Scientific memoirs by medical officers of the Army of India - Part XI,
Year: 1898
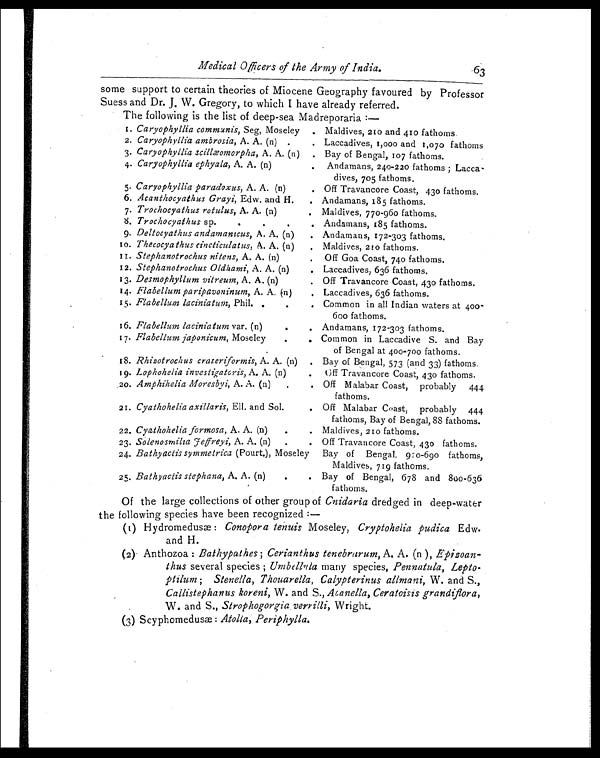
Medical Officers of the Army of India. 63
some support to certain theories of Miocene Geography favoured by Professor
Suess and Dr. J. W. Gregory, to which I have already referred.
The following is the list of deep-sea Madreporaria:—
1. Caryophyllia communis, Seg, Moseley
. Maldives, 210 and 410 fathoms.
2. Caryophyllia ambrosia, A. A. (n) .
. Laccadives, 1,000 and 1,070 fathoms
3. Caryophyllia scillævomorpha, A. A. (n) . Bay of Bengal, 107 fathoms.
4. Caryophyllia ephyala, A. A. (n)
.
Andamans, 240-220 fathoms; Lacca-
dives, 705 fathoms.
5. Caryophyllia paradoxus, A. A. (n)
. Off Travancore Coast, 430 fathoms.
6. Acanthocyathus Grayi, Edw. and H.
. Andamans, 185 fathoms.
7. Trochocyathus rotulus, A. A. (n)
. Maldives, 770-960 fathoms.
8. Trochocyathus sp.
.
.
.
. Andamans, 185 fathoms.
9. Deltocyathus andamanicus, A. A. (n)
. Andamans, 172-303 fathoms.
10. Thecocyathus cincticulatus, A. A. (n)
. Maldives, 210 fathoms.
11. Stephanotrochus nitens, A. A. (n)
.
Off Goa Coast, 74o fathoms.
12. Stephanotrochus Oldhami, A, A. (n)
. Laccadives, 636 fathoms.
13. Desmophyllum vitreum, A. A. (n)
. Off Travancore Coast, 430 fathoms.
14. Flabellum paripavoninum, A. A, (n)
. Laccadives, 636 fathoms.
15. Flabellum laciniatum, Phil. .
.
. Common in all Indian waters at 400-
600 fathoms.
16. Flabellum laciniatum var. (n)
.
. Andamans, 172-303 fathoms.
17. Flabellum japonicum, Moseley
.
.
. Common in Laccadive S. and Bay
of Bengal at 400-700 fathoms.
18. Rhizotrochus crateriformis, A. A. (n)
. Bay of Bengal, 573 (and 33) fathoms.
19. Lophohelia investigatoris, A. A. (n)
.
Off Travancore Coast, 430 fathoms.
Amphihelia Moresbyi, A. A. (n)
.
. Off Malabar Coast, probably 444
fathoms.
20.
21. Cyathohelia axillaris, Ell. and Sol.
. Off Malabar Coasts probably 444
fathoms, Bay of Bengal, 88 fathoms.
22. Cyathohelia formosa, A. A. (n)
.
. Maldives, 210 fathoms.
23. Solenosmilza Jeffreyi, A. A. (n)
.
. Off Travancore Coast, 430 fathoms.
Bathyactis symmetrica (Pourt.), Moseley
Bay of Bengal, 920-690 fathoms,
Maldives, 719 fathoms.
24.
25. Bathyactis stephana, A. A. (n)
.
. Bay of Bengal, 678 and 800-636
fathoms,
Of the large collections of other group of Cnidaria dredged in deep-water
the following species have been recognized:—
(1) Hydromedusæ: Conopora tenuis Moseley, Cryptohelia pudica Edw.
and H.
(2) Anthozoa: Bathypathes; Cerianthus tenebrarum, A. A. (n ), Epizoan
-
thus several species; Umbellula many species, Pennatula, Lepto-
ptilunm;
Stenella, Thouarella, Calypterinus allmani, W. and S.,
Callistephanus koreni, W. and S., Acanella,Ceratoisis grandiflora,
W. and S., Strophogorgia verrilli, Wright.
(3) Scyphomedusæ: Atolla, Periphylla.